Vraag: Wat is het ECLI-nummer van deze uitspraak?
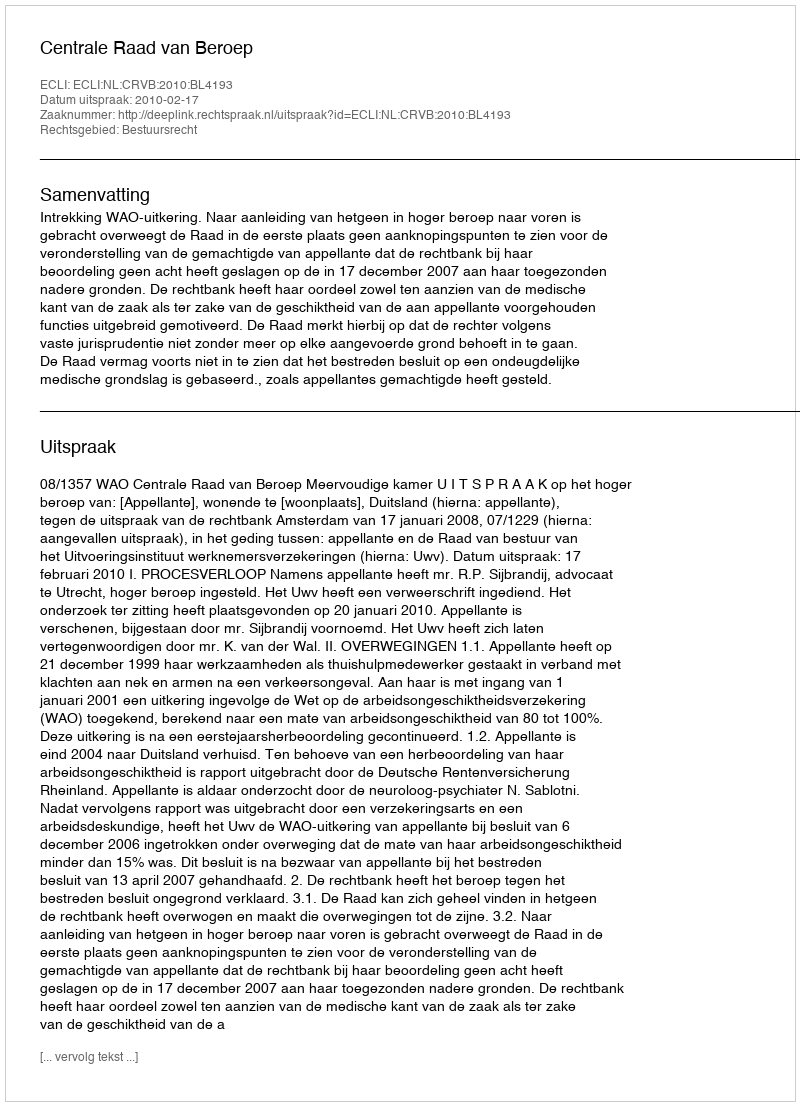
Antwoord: ECLI:NL:CRVB:2010:BL4193